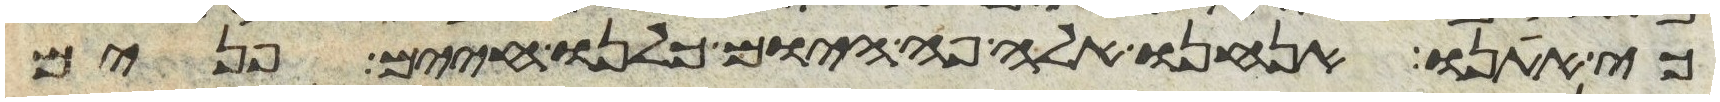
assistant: כי אתנו אנחנו אלה פה היום כלנו חיים פנים